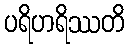
ပရိဟရိဿတိ